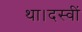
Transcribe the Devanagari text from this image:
था।दस्वीं